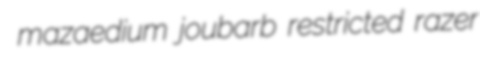
mazaedium joubarb restricted razer